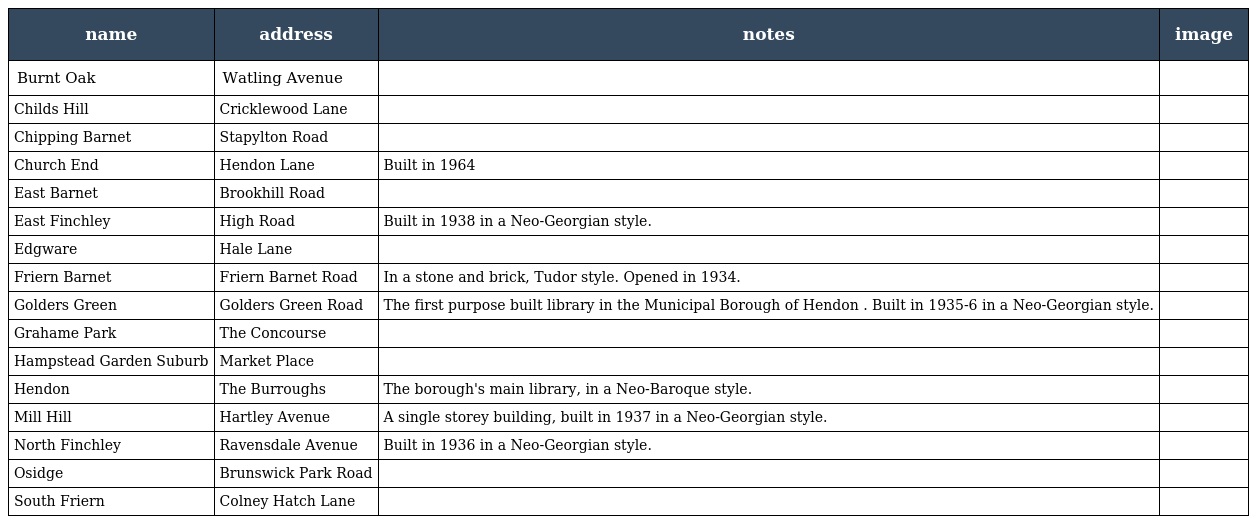
| name | address | notes | image |
 | --- | --- | --- | --- |
 | Burnt Oak | Watling Avenue |  |  |
 | Childs Hill | Cricklewood Lane |  |  |
 | Chipping Barnet | Stapylton Road |  |  |
 | Church End | Hendon Lane | Built in 1964 |  |
 | East Barnet | Brookhill Road |  |  |
 | East Finchley | High Road | Built in 1938 in a Neo-Georgian style. |  |
 | Edgware | Hale Lane |  |  |
 | Friern Barnet | Friern Barnet Road | In a stone and brick, Tudor style. Opened in 1934. |  |
 | Golders Green | Golders Green Road | The first purpose built library in the Municipal Borough of Hendon . Built in 1935-6 in a Neo-Georgian style. |  |
 | Grahame Park | The Concourse |  |  |
 | Hampstead Garden Suburb | Market Place |  |  |
 | Hendon | The Burroughs | The borough's main library, in a Neo-Baroque style. |  |
 | Mill Hill | Hartley Avenue | A single storey building, built in 1937 in a Neo-Georgian style. |  |
 | North Finchley | Ravensdale Avenue | Built in 1936 in a Neo-Georgian style. |  |
 | Osidge | Brunswick Park Road |  |  |
 | South Friern | Colney Hatch Lane |  |  |